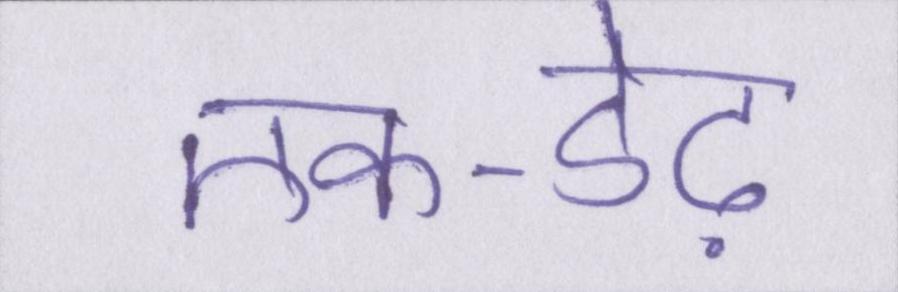
एक-डेढ़